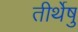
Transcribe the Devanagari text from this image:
तीर्थेषु